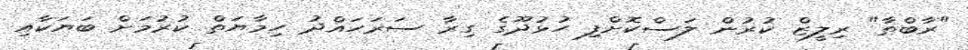
"ރާބްތާ" ރިލީޒް ކުރުން ލަސްކޮށްފި ހުޅުދޫގެ ގިރާ ސަރަހައްދު ހިމާޔަތް ކުރުމަށް ބަޔަކާއި